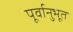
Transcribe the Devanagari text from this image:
पूर्वानुभूत